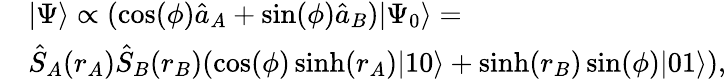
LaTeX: \begin{array}{rl}&{\vert\Psi\rangle\propto(\cos(\phi)\hat{a}_{A}+\sin(\phi)\hat{a}_{B})\vert\Psi_{0}\rangle=}\\ &{\hat{S}_{A}(r_{A})\hat{S}_{B}(r_{B})(\cos(\phi)\sinh(r_{A})\vert 10\rangle+\sinh(r_{B})\sin(\phi)\vert 01\rangle),}\end{array}